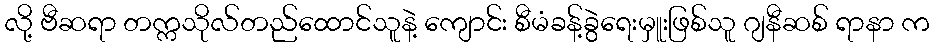
လို့ ဗီဆရာ တက္ကသိုလ်တည်ထောင်သူနဲ့ ကျောင်း စီမံခန့်ခွဲရေးမှူးဖြစ်သူ ဂျနီဆစ် ရာနာ က